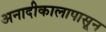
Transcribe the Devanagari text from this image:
अनादीकालापासून